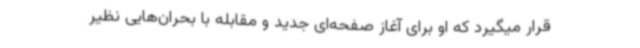
قرار میگیرد که او برای آغاز صفحه‌ای جدید و مقابله با بحران‌هایی نظیر